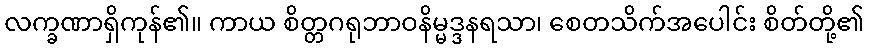
လက္ခဏာရှိကုန်၏။ ကာယ စိတ္တဂရုဘာဝနိမ္မဒ္ဒနရသာ၊ စေတသိက်အပေါင်း စိတ်တို့၏